Report of the King Institute of Preventive Medicine, Guindy
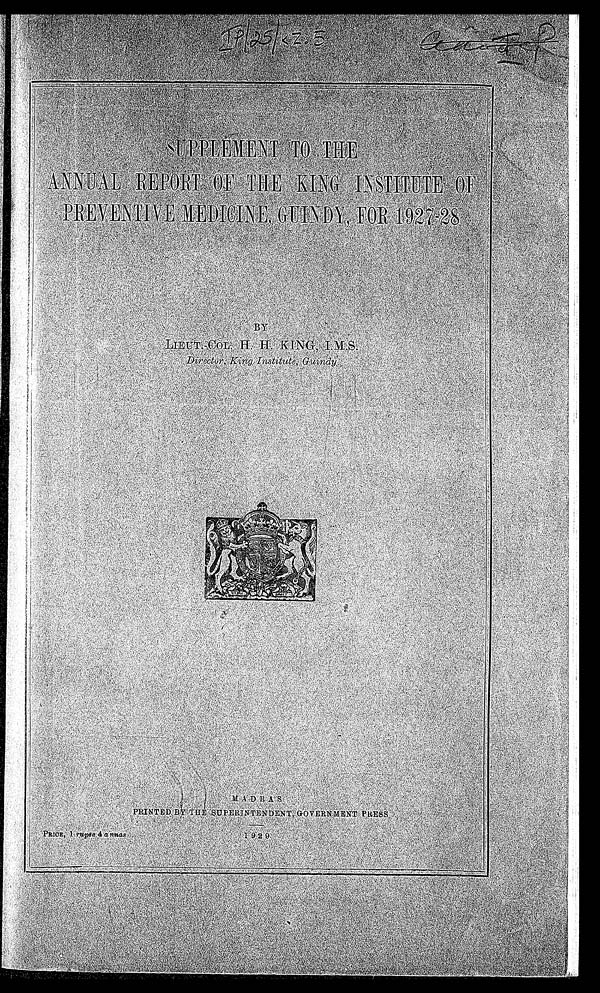
IP/25/KZ.5
SUPPLEMENT TO THE
ANNUAL REPORT OF THE KING INSTITUTE OF
PREVENTIVE MEDICINE GUINDY, FOR 1927-28
BY
MADRAS
PRINTED BY THE SUPERINTENDENT GOVERNMENT PRESS
PRICE, 1 rupee 4 annas